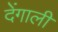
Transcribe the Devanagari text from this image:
देंगाली